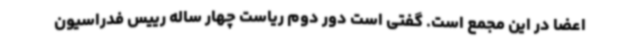
اعضا در این مجمع است. گفتی است دور دوم ریاست چهار ساله رییس فدراسیون